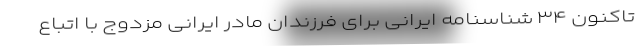
تاکنون ۳۴ شناسنامه ایرانی برای فرزندان مادر ایرانی مزدوج با اتباع